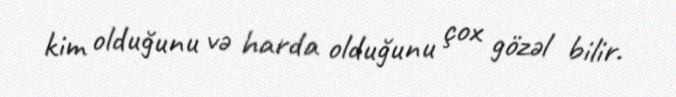
kim olduğunu və harda olduğunu çox gözəl bilir.